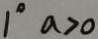
1 ^ { \circ } a > 0